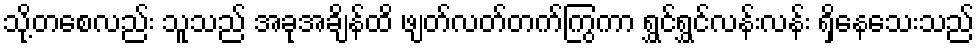
သို့တစေလည်း သူသည် အခုအချိန်ထိ ဖျတ်လတ်တက်ကြွကာ ရွှင်ရွှင်လန်းလန်း ရှိနေသေးသည်